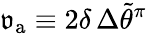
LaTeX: \mathfrak{v}_{\mathrm{a}}\equiv 2\delta\, \Delta\widetilde{\theta}^{\pi}